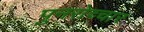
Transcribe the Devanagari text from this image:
पुनरोच्चार